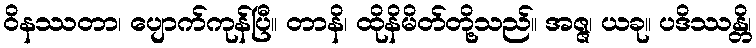
ဝိနဿတာ၊ ပျောက်ကုန်ပြီ။ တာနိ၊ ထိုနိမိတ်တို့သည်။ အဇ္ဇ၊ ယခု။ ပဒိဿန္တိ၊